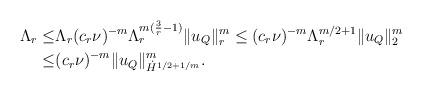
LaTeX: \begin{align*}\Lambda_r\leq&\Lambda_r (c_r\nu)^{-m}\Lambda_r^{m(\frac3r-1)}\|u_Q\|_r^m\leq(c_r\nu)^{-m}\Lambda_r^{m/2+1}\|u_Q\|_2^m\\\leq &(c_r\nu)^{-m}\|u_Q\|_{\dot H^{1/2+1/m}}^m.\end{align*}